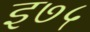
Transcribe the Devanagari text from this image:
इ७५